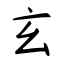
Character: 玄